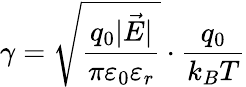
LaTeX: \gamma=\sqrt{\frac{q_{0}\lvert\vec{E}\rvert}{\pi\varepsilon_{0}\varepsilon_{r}}}\cdot{\frac{q_{0}}{k_{B}T}}